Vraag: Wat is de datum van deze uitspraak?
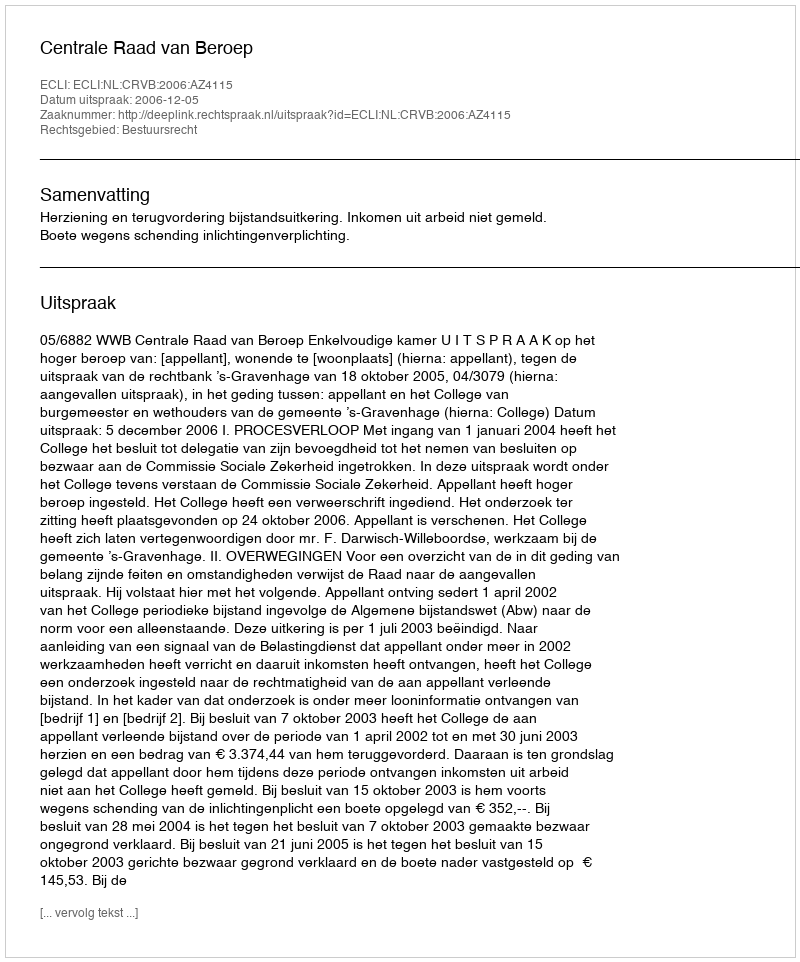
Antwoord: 2006-12-05